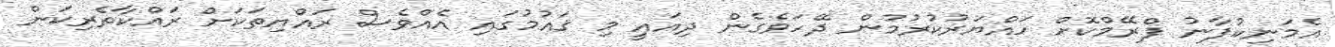
އެމަނިކުފާނު ފްރޭމްކޮށް ހައްޔަރުކުރުމުން ދޭހަވެގެން ދިއައީ މި ޤައުމުގައި އެއްވެސް ރައްޔިތަކަށް ރައްކާތެރިކަން